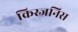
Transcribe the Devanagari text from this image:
क्रिस्जनिस